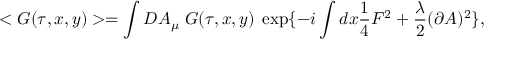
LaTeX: < G ( \tau , x , y ) > = \int D A _ { \mu } \; G ( \tau , x , y ) \; \exp \{ - i \int d x \frac { 1 } { 4 } F ^ { 2 } + \frac { \lambda } { 2 } ( \partial A ) ^ { 2 } \} ,